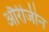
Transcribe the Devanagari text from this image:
औरीजीन